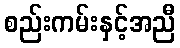
စည်းကမ်းနှင့်အညီ